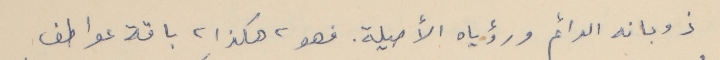
ذوبانه الدائم ورؤياه الأصيلة. فهو، هكذا، باقة عواطف